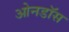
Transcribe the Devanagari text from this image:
ओनडॉस